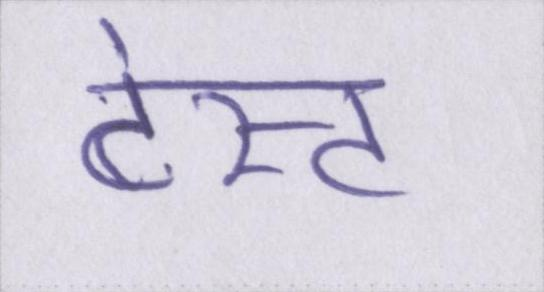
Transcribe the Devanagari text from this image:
टेस्ट